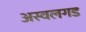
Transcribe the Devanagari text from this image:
अस्वलगड